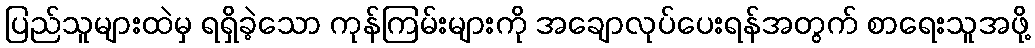
ပြည်သူများထဲမှ ရရှိခဲ့သော ကုန်ကြမ်းများကို အချောလုပ်ပေးရန်အတွက် စာရေးသူအဖို့